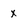
Character: x